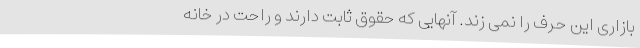
بازاری این حرف را نمی زند. آنهایی که حقوق ثابت دارند و راحت در خانه